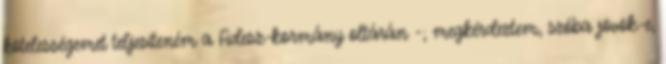
kö­telességemet teljesíteném a Fidesz-kormány oltárán -; megkérdez­tem, szóba jövök-e,